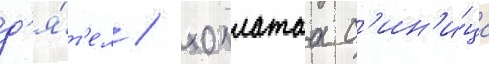
д'я́т'ел / хохлатаа с'ин'и́ца